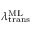
\lambda _ { \mathrm { t r a n s } } ^ { \mathrm { M L } }